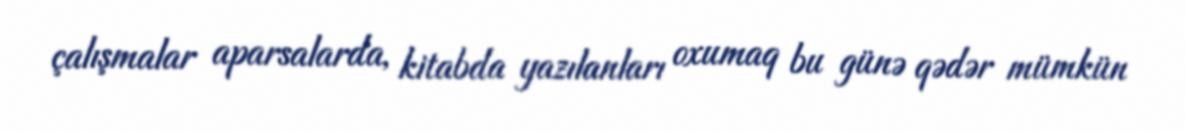
çalışmalar aparsalarda, kitabda yazılanları oxumaq bu günə qədər mümkün